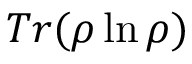
T r ( \rho \ln \rho )